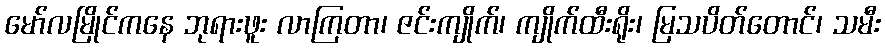
မော်လမြိုင်ကနေ ဘုရားဖူး လာကြတာ၊ ဇင်းကျိုက်၊ ကျိုက်ထီးရိုး၊ မြသပိတ်တောင်၊ သမီး